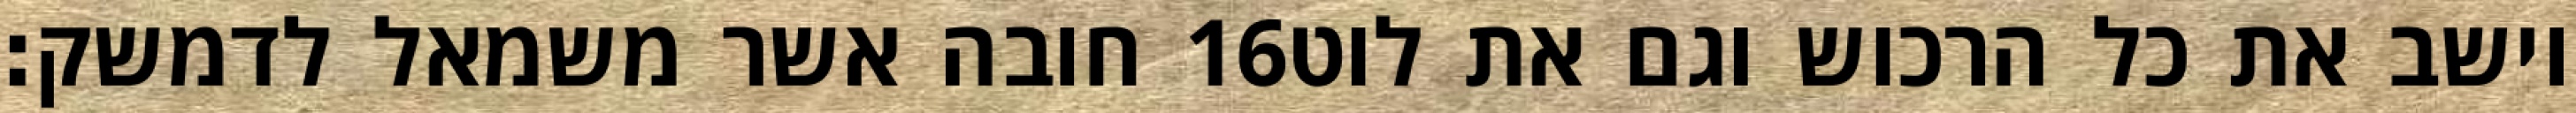
חובה אשר משמאל לדמשק׃ ‎16‏ וישב את כל הרכוש וגם את לוט